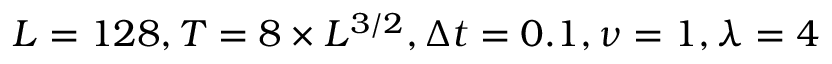
L = 1 2 8 , T = 8 \times L ^ { 3 / 2 } , \Delta t = 0 . 1 , \nu = 1 , \lambda = 4